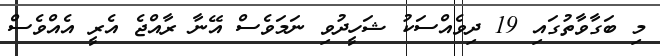
މި ބަގާވާތުގައި 19 ދިވެއްސަކު ޝަހީދުވި ނަމަވެސް އޭނާ ރާއްޖެ އެރީ އެއްވެސް